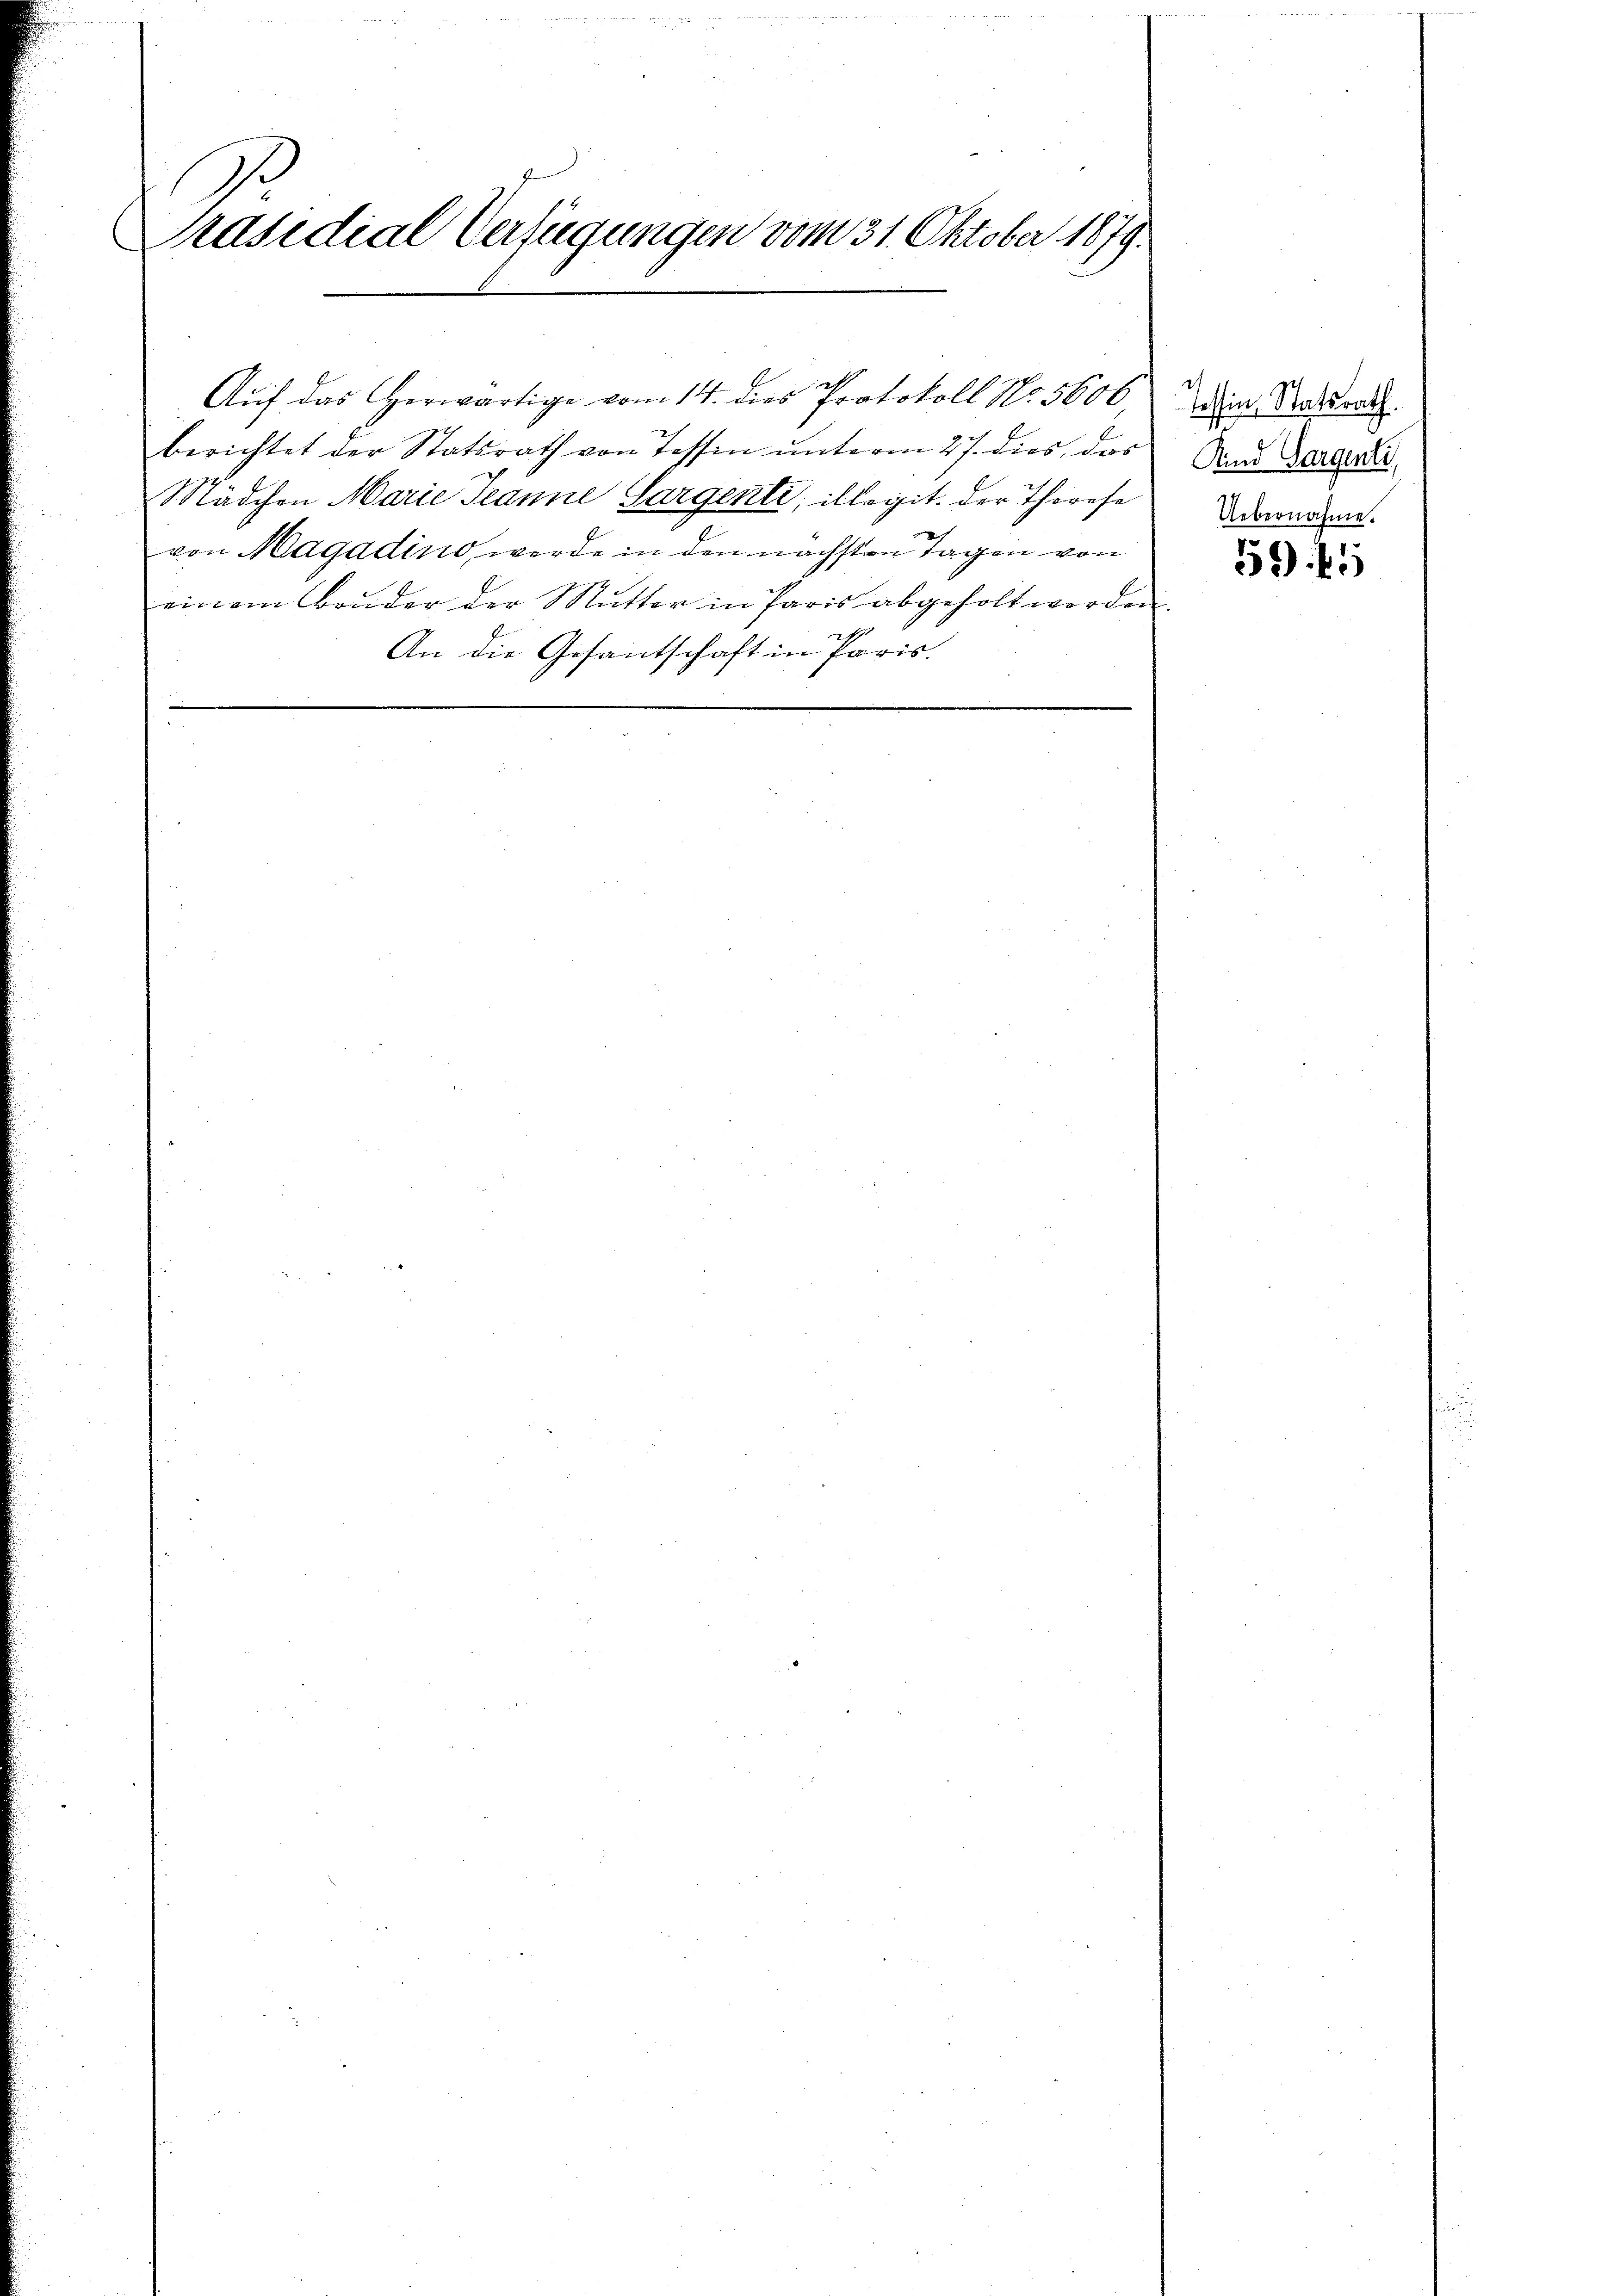
Präsidial Verfügungen vom 31. Oktober 1879.

Aŭf das Herwärtige vom 14. dies Protokoll No. 5606
berichtet der Statsrath von Tessin unterm 27. dies, das
Mädchen Marie Jeanne Sargenti, illogit. der Thorese
von Magadino, werde in den nächsten Tagen von
einem Bruder der Mutter in Paris abgeholt werden.
An die Gesantschaft in Paris

Tessin, Statsrath.
Kind Sargenti,
Uebernahme.

545